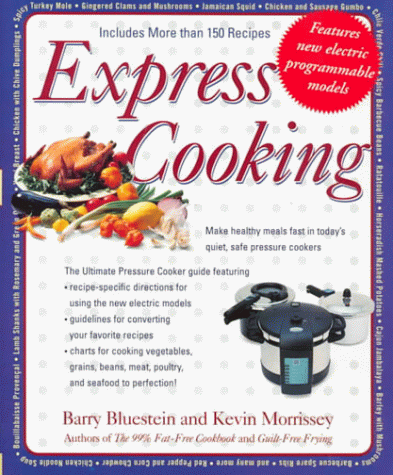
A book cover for Express Cooking: Make Healthy Meals Fast in Today's Quiet, Safe Pressure Cookers; Barry Bluestein; Cookbooks, Food & Wine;